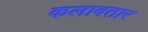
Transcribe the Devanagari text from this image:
कलावतार